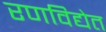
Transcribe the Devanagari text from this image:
रणविद्येत